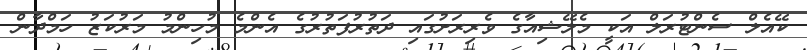
ކޭއެލް ސެންޓުރަލް އަކީ މެލޭޝިއާގެ ވެރިރަށުގައި ދަތުރުފަތުރުގެ އެންމެ މުހިންމު މަރުކަޒު ހަމްދާން